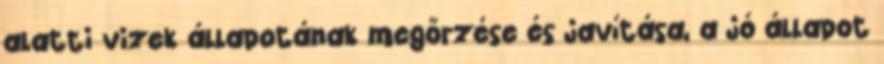
alatti vizek állapotának megőrzése és javítása, a jó állapot